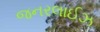
જનરલાઈઝ